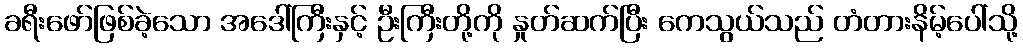
ခရီးဖော်ဖြစ်ခဲ့သော အဒေါ်ကြီးနှင့် ဦးကြီးတို့ကို နှုတ်ဆက်ပြီး ကေသွယ်သည် တံတားနိမ့်ပေါ်သို့